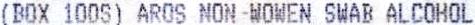
(BOX 100S) AROS NON -WOWEN SWAB ALCOHOL